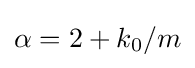
\alpha =2+k_{0}/m